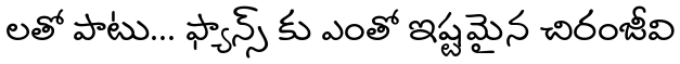
లతో పాటు... ఫ్యాన్స్ కు ఎంతో ఇష్టమైన చిరంజీవి